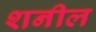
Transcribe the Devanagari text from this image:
शनील